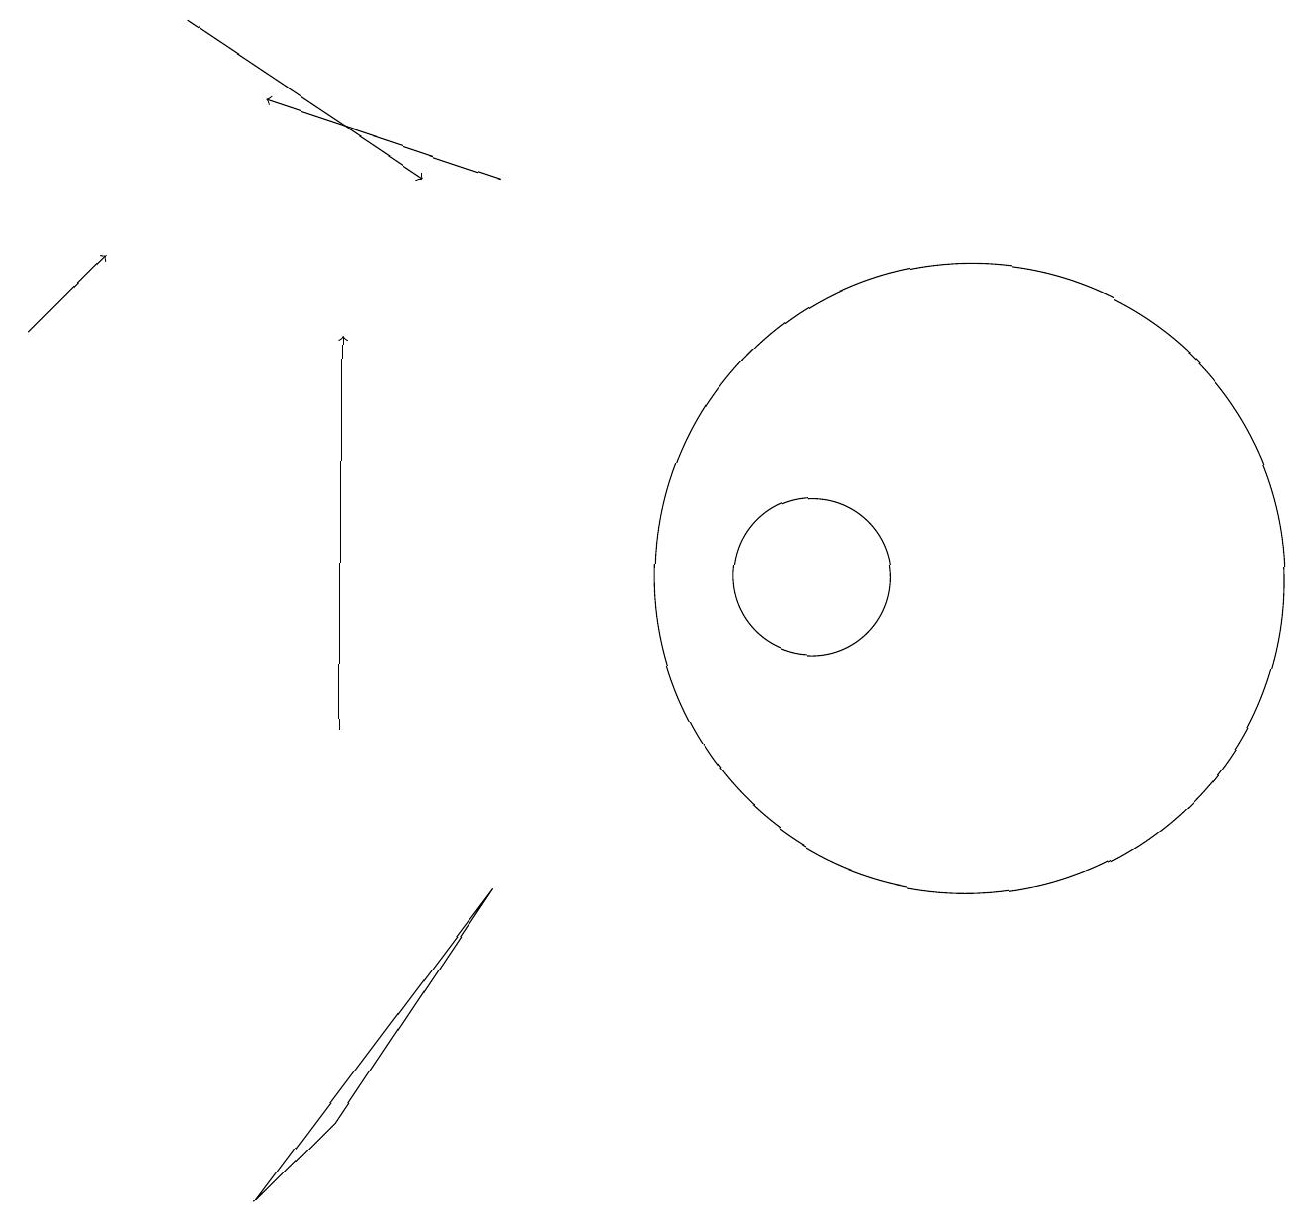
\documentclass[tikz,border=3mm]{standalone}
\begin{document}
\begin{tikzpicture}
\draw[->] (2,19) -- (5,17);
\draw[->] (0,15) -- (1,16);
\draw (12,12) circle (4);
\draw (10,12) circle (1);
\draw[->] (6,17) -- (3,18);
\draw (4,5) -- (3,4) -- (6,8) -- cycle;
\draw[->] (4,10) -- (4,15);
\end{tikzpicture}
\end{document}